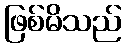
ဖြစ်မိသည်